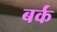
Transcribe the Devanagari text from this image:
बर्कं